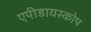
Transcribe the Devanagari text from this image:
एपीडायस्कोप